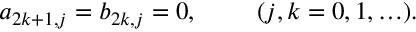
a _ { 2 k + 1 , j } = b _ { 2 k , j } = 0 , \ \ \ \ \ \ \ ( j , k = 0 , 1 , \ldots ) .